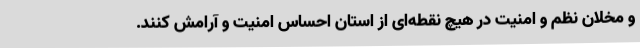
و مخلان نظم و امنیت در هیچ نقطه‌ای از استان احساس امنیت و آرامش کنند.